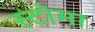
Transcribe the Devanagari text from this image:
स्टोमा